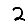
Digit: 2